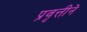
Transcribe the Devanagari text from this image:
प्रवृत्तीने